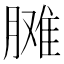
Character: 𦟗